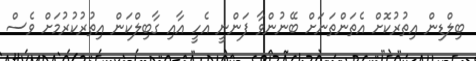
ބިލްޑިން އިތުރުކޮށް އެތަންތަނަށް ބޭނުންވާ ފަންނީ އެހީ އާއި ގާބިލްކަން އިތުރުކުރުމަށް ވެސް